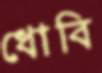
ধোবি